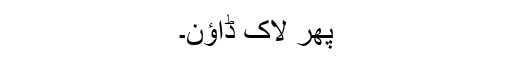
پھر لاک ڈاؤن۔